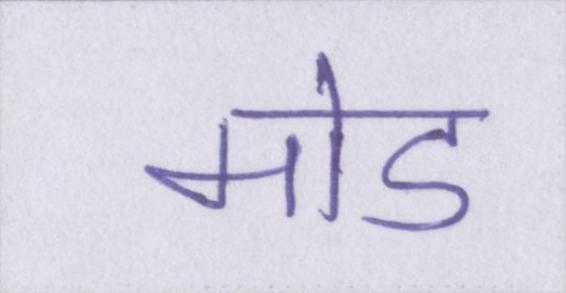
मोड